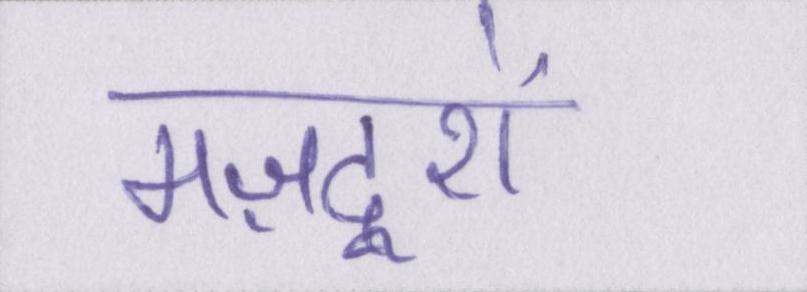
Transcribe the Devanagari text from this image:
मज़दूरों